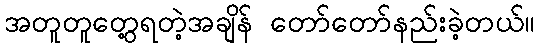
အတူတူတွေ့ရတဲ့အချိန် တော်တော်နည်းခဲ့တယ်။